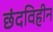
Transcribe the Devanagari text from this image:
छंदविहीन